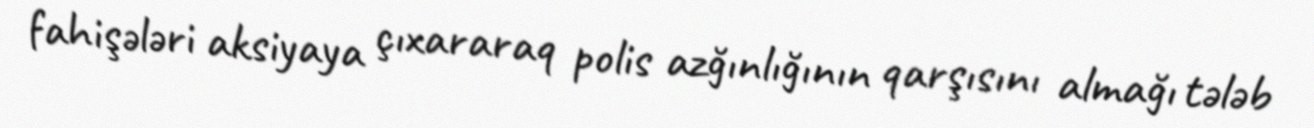
fahişələri aksiyaya çıxararaq polis azğınlığının qarşısını almağı tələb